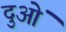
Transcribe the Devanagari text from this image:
दुओं